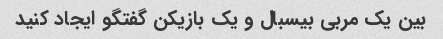
بین یک مربی بیسبال و یک بازیکن گفتگو ایجاد کنید